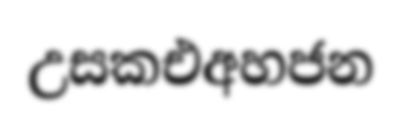
උසකඑඅහජන